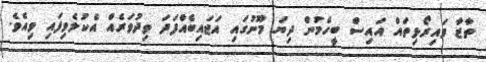
ތާޒާ ވައިރޯޅިތައް އައިސް ބީހެމުން ދިޔަ މޫނުގައި އަޖައިބެއްފަދަ ވިދުވަރެއް އެކުލެވިފައި ވިއެވެ.